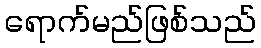
ရောက်မည်ဖြစ်သည်